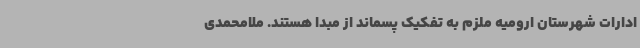
ادارات شهرستان ارومیه ملزم به تفکیک پسماند از مبدا هستند. ملامحمدی